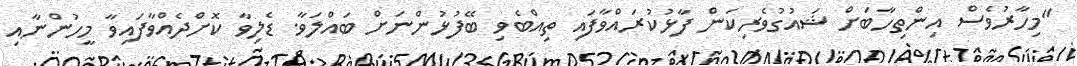
"މިހާރުވެސް އިންތިހާބަށް ޝައުގުވެރިކަން ފާޅުކުރައްވާފައި ތިއްބެވި ބޭފުޅުންނަށް ބައްލަވާ. ޑެލިވާ ކޮށްދެއްވާފައިވާ މީހުންނާއި